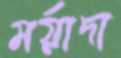
মর্য়াদা